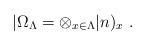
LaTeX: \begin{align*}|\Omega_{\Lambda} = \otimes_{{x} \in \Lambda} |{n})_{{x}} \ .\end{align*}